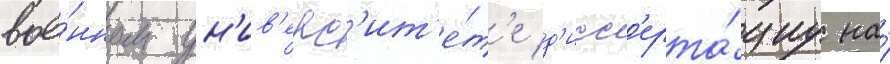
вое́нном ун'ив'ерс'ит'е́т'е д'исс'ерта́циу на́